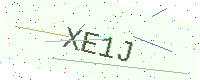
Text: XE1J